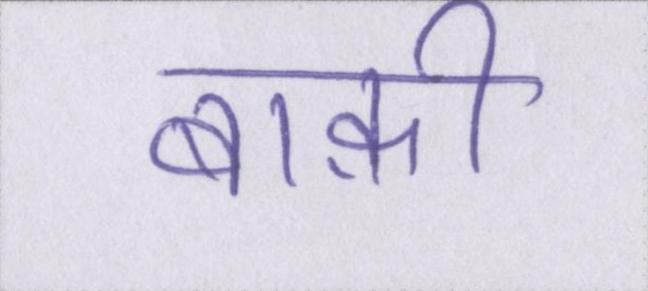
बाक़ी